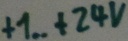
Text: +1... +24V